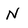
Character: N